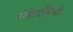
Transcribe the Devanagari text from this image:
सफेदमिश्री